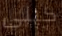
كيلى